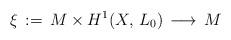
LaTeX: \begin{align*}\xi\, :=\, M\times H^1(X,\, L_0)\, \longrightarrow\, M\end{align*}